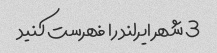
3 شهر ایرلند را فهرست کنید